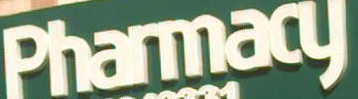
Pharmacy